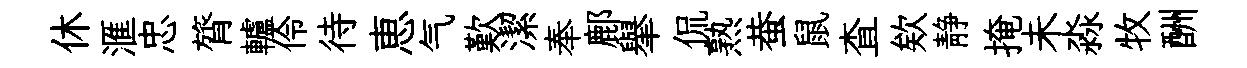
休滙忠膂轤伶待恵气歎潔奉鄜𦦙侃熟蛬鼠查欸静掩未淼牧酬